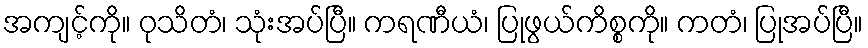
အကျင့်ကို။ ဝုသိတံ၊ သုံးအပ်ပြီ။ ကရဏီယံ၊ ပြုဖွယ်ကိစ္စကို။ ကတံ၊ ပြုအပ်ပြီ။